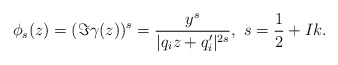
\begin{align*}\phi_s(z)=(\Im\gamma(z))^s=\frac{y^s}{|q_iz+q_i'|^{2s}},~s=\frac{1}{2}+I k.\end{align*}